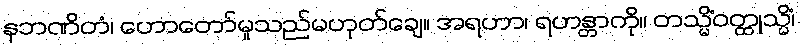
နဘဏိတံ၊ ဟောတော်မူသည်မဟုတ်ချေ။ အရဟာ၊ ရဟန္တာကို။ တသ္မိံဝတ္ထုသ္မိံ၊